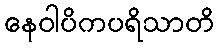
နေဝါပိကပရိသာတိ